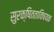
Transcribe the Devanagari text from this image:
सुरक्षितताविषयक